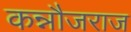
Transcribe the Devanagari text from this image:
कन्नौजराज